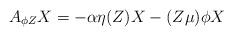
LaTeX: \begin{align*} A_{\phi Z}X=-\alpha \eta(Z)X-(Z\mu)\phi X \end{align*}